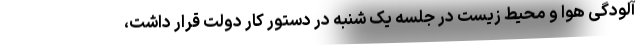
آلودگی هوا و محیط زیست در جلسه یک شنبه در دستور کار دولت قرار داشت،